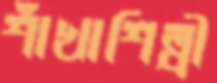
শাঁখাশিল্পী